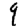
Digit: 9